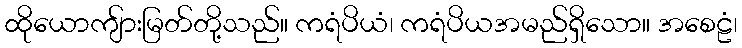
ထိုယောကျ်ားမြတ်တို့သည်။ ကရံပိယံ၊ ကရံပိယအမည်ရှိသော။ အစေဠံ၊